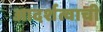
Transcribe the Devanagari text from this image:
आदर्शत्वाची